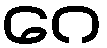
ဂေ